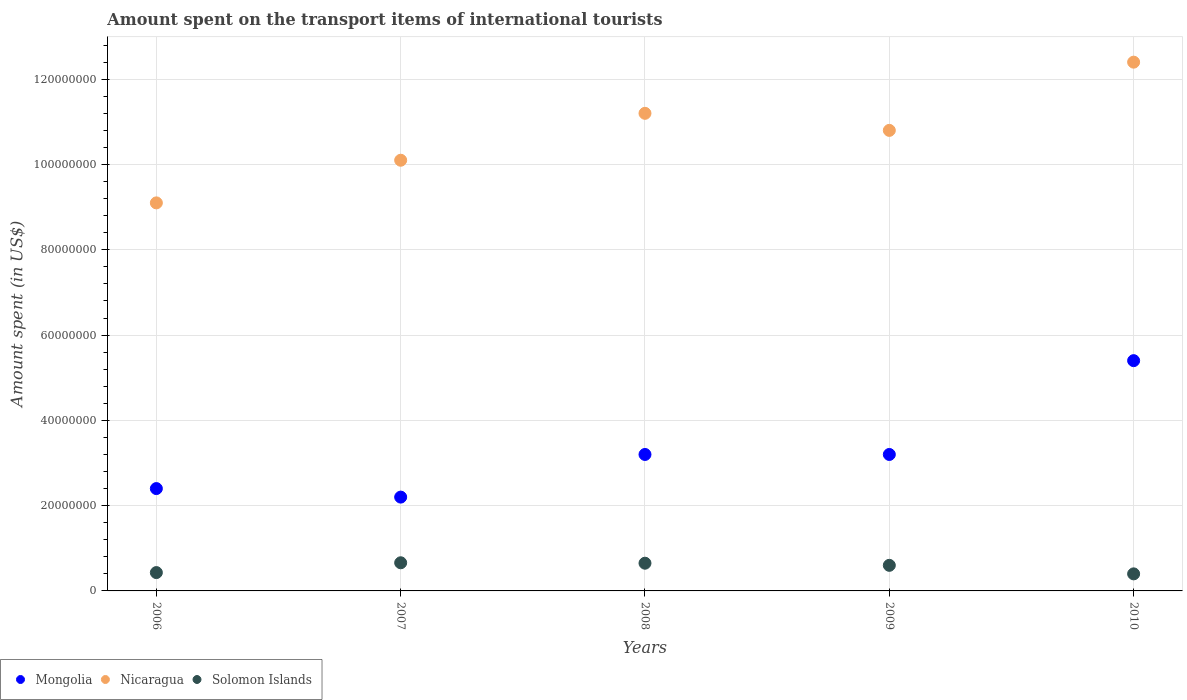
| Years | Mongolia | Nicaragua | Solomon Islands |
 | --- | --- | --- | --- |
 | 2006 | 2.4e+07 | 9.1e+07 | 4.3e+06 |
 | 2007 | 2.2e+07 | 1.01e+08 | 6.6e+06 |
 | 2008 | 3.2e+07 | 1.12e+08 | 6.5e+06 |
 | 2009 | 3.2e+07 | 1.08e+08 | 6e+06 |
 | 2010 | 5.4e+07 | 1.24e+08 | 4e+06 |